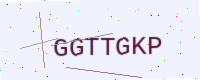
Text: GGTTGKP